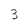
Character: 3